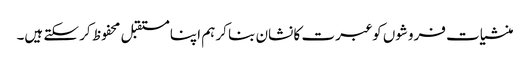
منشیات فروشوں کو عبرت کا نشان بنا کر ہم اپنا مستقبل محفوظ کر سکتے ہیں۔